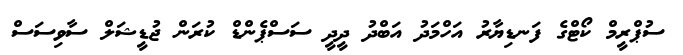
ސުޕްރީމް ކޯޓްގެ ފަނޑިޔާރު އަހްމަދު އަބްދު ދީދީ ސަސްޕެންޑް ކުރަން ޖުޑީޝަލް ސާވިސަސް